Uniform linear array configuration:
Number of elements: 4
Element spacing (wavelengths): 1
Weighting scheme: kaiser
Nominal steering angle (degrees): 15
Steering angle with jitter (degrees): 14.194
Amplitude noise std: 0.05
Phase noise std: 0.05

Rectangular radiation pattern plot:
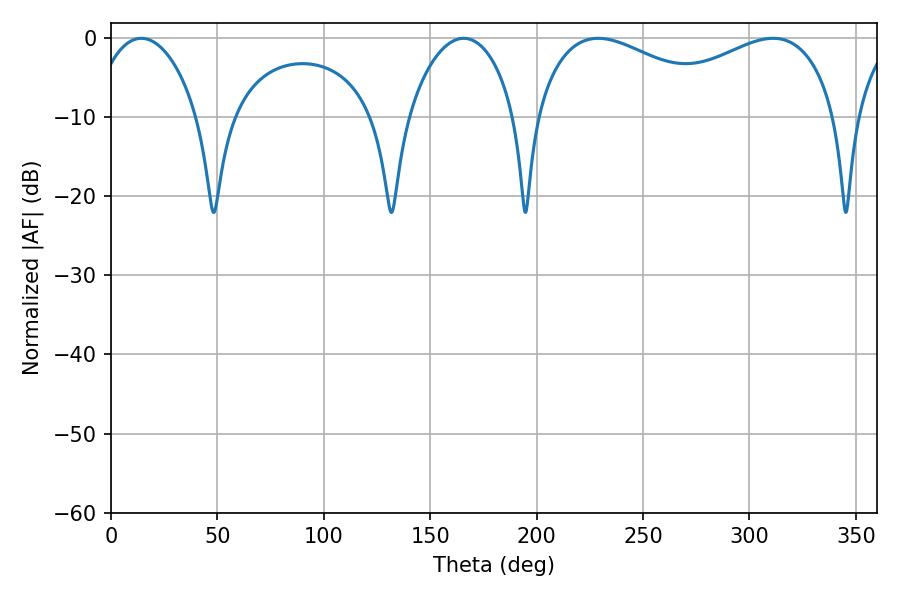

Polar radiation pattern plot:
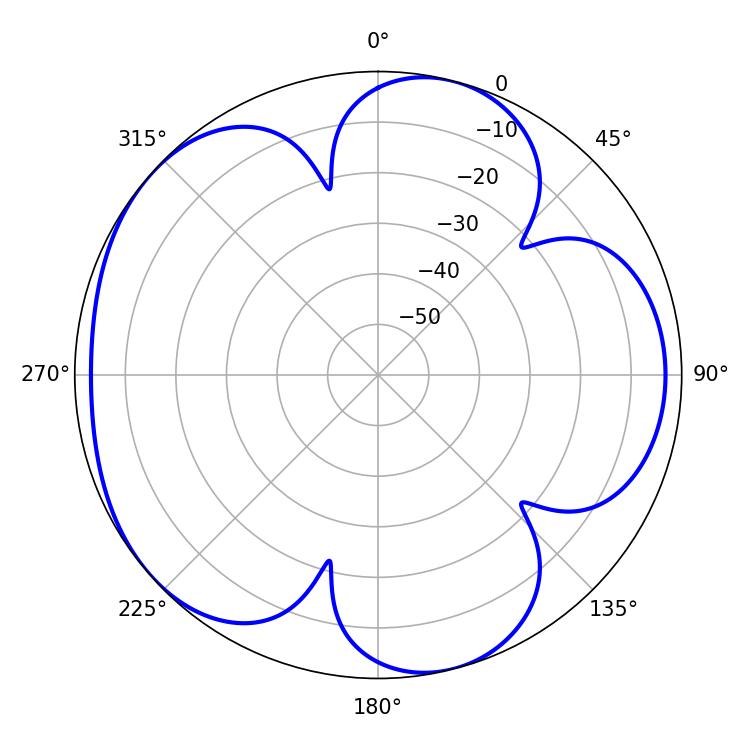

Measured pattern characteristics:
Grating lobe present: TRUE
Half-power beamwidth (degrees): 52.02
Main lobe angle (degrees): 311.04